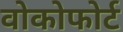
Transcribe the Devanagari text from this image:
वोकोफोर्ट